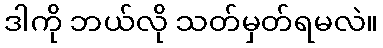
ဒါကို ဘယ်လို သတ်မှတ်ရမလဲ။